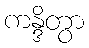
ကန္ဒိတွာ